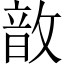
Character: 𢾚